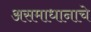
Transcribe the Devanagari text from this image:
असमाधानाचे